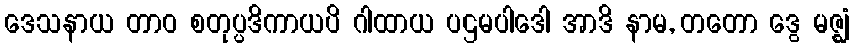
ဒေသနာယ တာဝ စတုပ္ပဒိကာယပိ ဂါထာယ ပဌမပါဒေါ အာဒိ နာမ, တတော ဒွေ မဇ္ဈံ